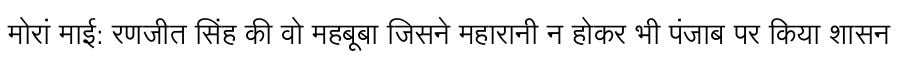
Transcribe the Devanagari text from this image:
मोरां माई: रणजीत सिंह की वो महबूबा जिसने महारानी न होकर भी पंजाब पर किया शासन